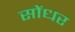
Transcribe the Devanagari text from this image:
सोंधर